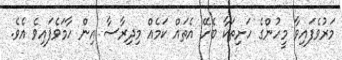
މަރުވެފައިވާ މީހުންގެ ހަށިތަކާ ބެހޭ އެތައް ކަަމެއް މިދިރާސާ އިން ހާމަވެފައިވެ އެވެ.